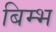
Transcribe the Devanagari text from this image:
बिम्भ